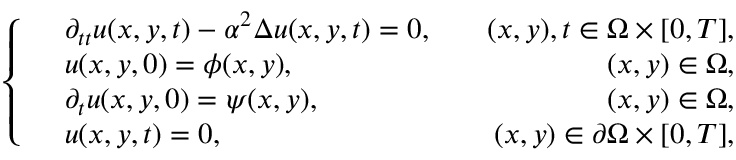
\left\{ \begin{array} { r l r } & { \partial _ { t t } u ( x , y , t ) - \alpha ^ { 2 } \Delta u ( x , y , t ) = 0 , } & { \quad ( x , y ) , t \in \Omega \times [ 0 , T ] , } \\ & { u ( x , y , 0 ) = \phi ( x , y ) , } & { \quad ( x , y ) \in \Omega , } \\ & { \partial _ { t } u ( x , y , 0 ) = \psi ( x , y ) , } & { \quad ( x , y ) \in \Omega , } \\ & { u ( x , y , t ) = 0 , } & { \quad ( x , y ) \in \partial \Omega \times [ 0 , T ] , } \end{array} \right.